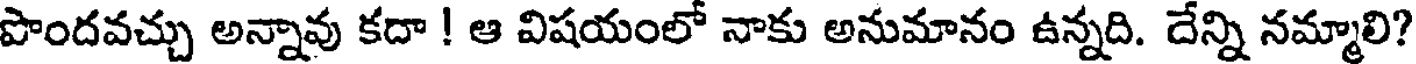
పొందవచ్చు అన్నావు కదా ! ఆ విషయంలో నాకు అనుమానం ఉన్నది. దేన్ని నమ్మాలి?